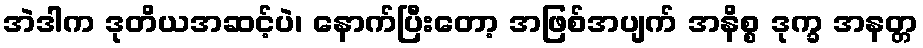
အဲဒါက ဒုတိယအဆင့်ပဲ၊ နောက်ပြီးတော့ အဖြစ်အပျက် အနိစ္စ ဒုက္ခ အနတ္တ